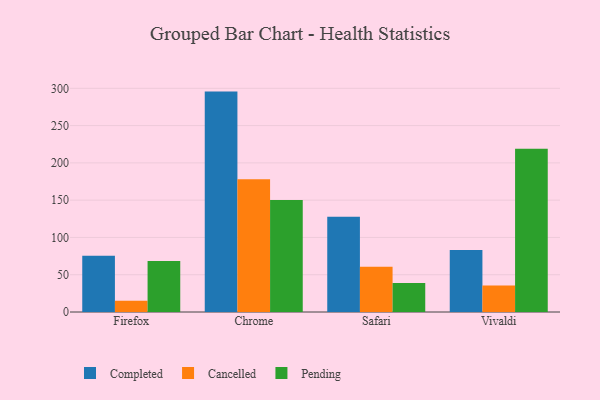
{"axis": {"x": "Browser", "y": "Website Visitors"}, "legend": ["Cancelled", "Completed", "Pending"], "data": [{"x": "Firefox", "y": 75.5, "type": "Completed"}, {"x": "Firefox", "y": 15.2, "type": "Cancelled"}, {"x": "Firefox", "y": 68.4, "type": "Pending"}, {"x": "Chrome", "y": 295.6, "type": "Completed"}, {"x": "Chrome", "y": 178.2, "type": "Cancelled"}, {"x": "Chrome", "y": 150.1, "type": "Pending"}, {"x": "Safari", "y": 127.8, "type": "Completed"}, {"x": "Safari", "y": 60.7, "type": "Cancelled"}, {"x": "Safari", "y": 39.0, "type": "Pending"}, {"x": "Vivaldi", "y": 83.2, "type": "Completed"}, {"x": "Vivaldi", "y": 35.7, "type": "Cancelled"}, {"x": "Vivaldi", "y": 218.9, "type": "Pending"}]}